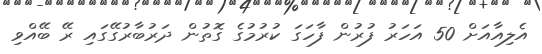
އެލިއާއަށް 50 އަހަރު ފުރުން ފާހަގަ ކުރުމުގެ ގޮތުން ދަރުބާރުގޭގައި ރޭ ބޭއްވި